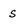
Character: s